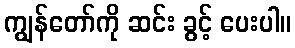
ကျွန်တော်ကို ဆင်း ခွင့် ပေးပါ။